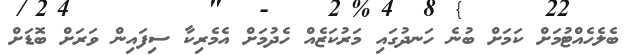
ބެލެހެއްޓުމަށް ކަމަށް ބުނެ ހަނދުގައި މަރުކަޒެއް ހެދުމަށް އެމެރިކާ ސިފައިން ވަރަށް ބޮޑަށް